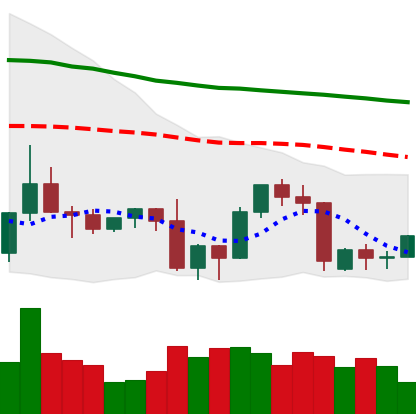
Ticker: TRX-USD
Chart end date: 2022-09-17
Forward return: -3.256%
Label: down_3_5